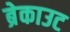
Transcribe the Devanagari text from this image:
ब्रेकाउट